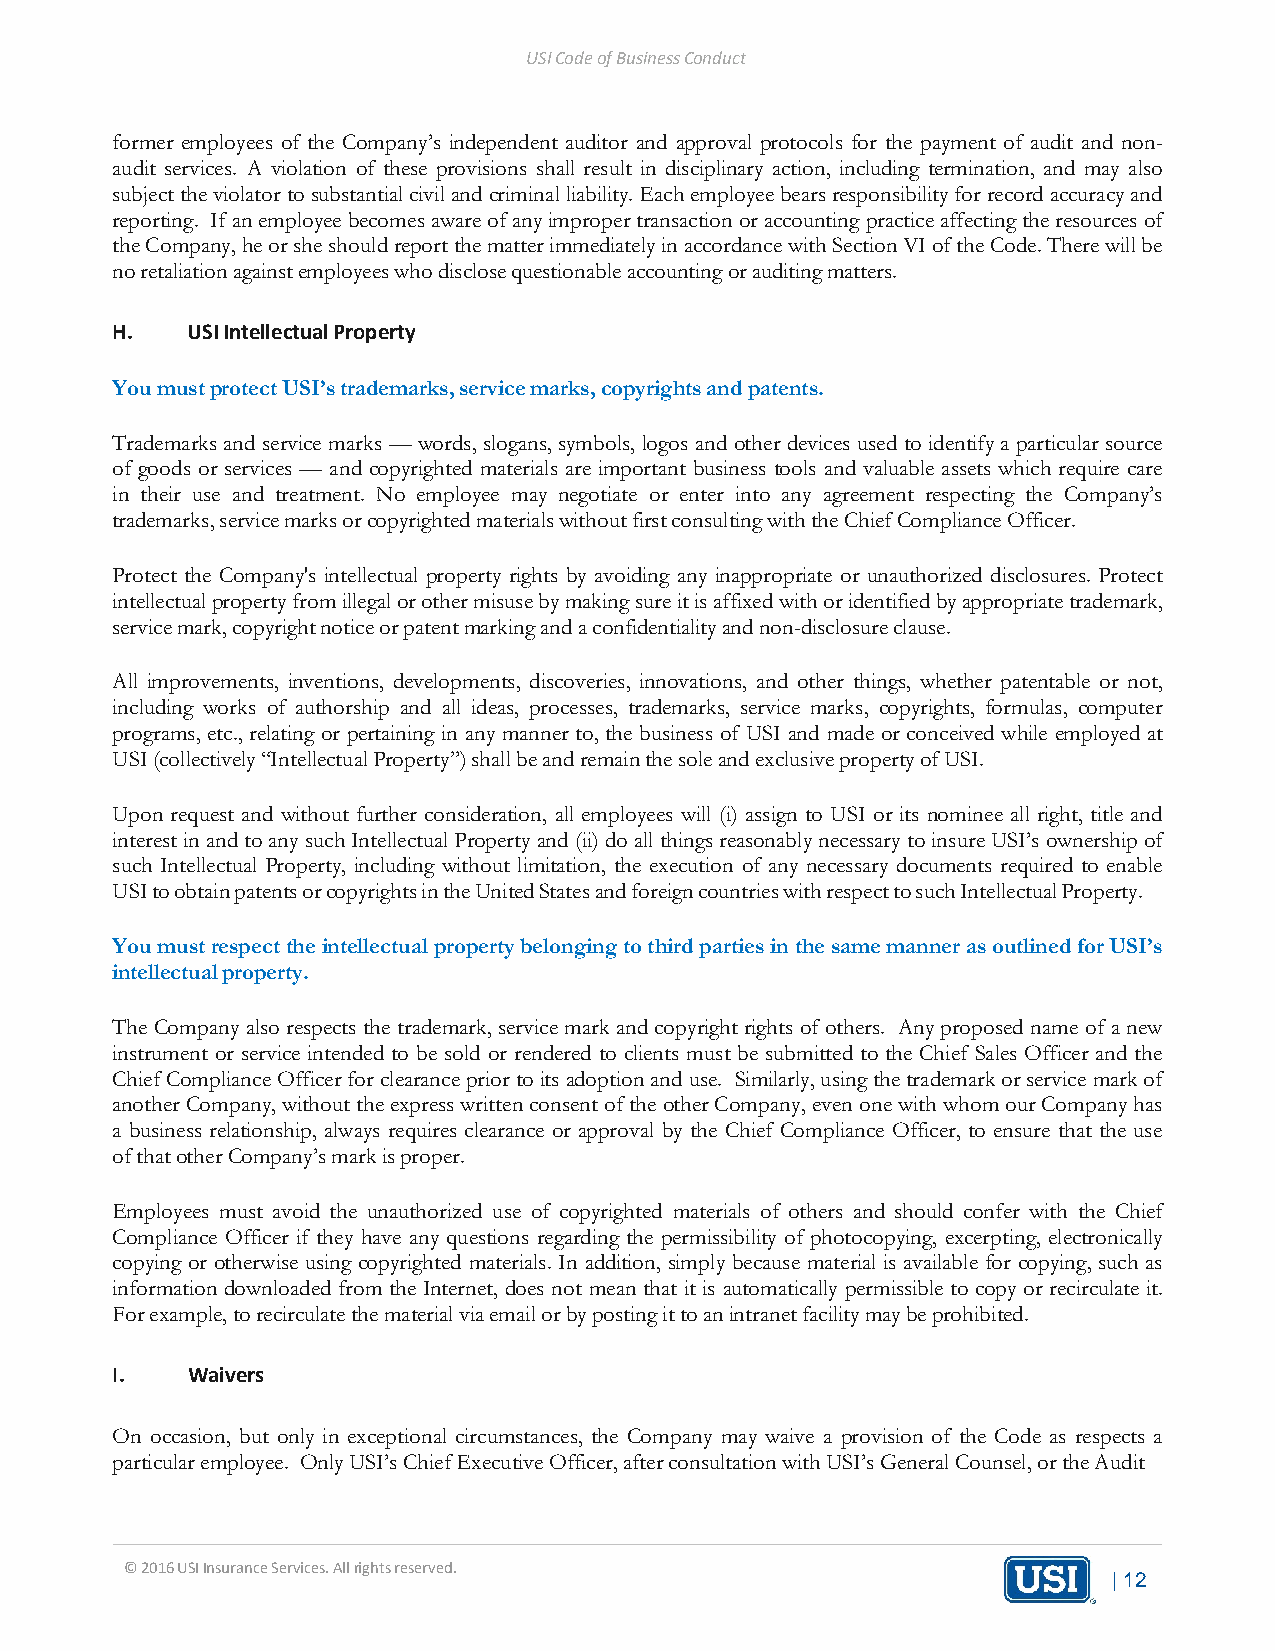
USI Code of Business Conduct
 former employees of the Company’s independent auditor and approval protocols for the payment of audit and non-
 audit services. A violation of these provisions shall result in disciplinary action, including termination, and may also
 subject the violator to substantial civil and criminal liability. Each employee bears responsibility for record accuracy and
 reporting. If an employee becomes aware of any improper transaction or accounting practice affecting the resources of
 the Company, he or she should report the matter immediately in accordance with Section VI of the Code. There will be
 no retaliation against employees who disclose questionable accounting or auditing matters.
 H.   USI Intellectual Property
 You must protect USI’s trademarks, service marks, copyrights and patents.
 Trademarks and service marks — words, slogans, symbols, logos and other devices used to identify a particular source
 of goods or services — and copyrighted materials are important business tools and valuable assets which require care
 in their use and treatment. No employee may negotiate or enter into any agreement respecting the Company’s
 trademarks, service marks or copyrighted materials without first consulting with the Chief Compliance Officer.
 Protect the Company's intellectual property rights by avoiding any inappropriate or unauthorized disclosures. Protect
 intellectual property from illegal or other misuse by making sure it is affixed with or identified by appropriate trademark,
 service mark, copyright notice or patent marking and a confidentiality and non-disclosure clause.
 All improvements, inventions, developments, discoveries, innovations, and other things, whether patentable or not,
 including works of authorship and all ideas, processes, trademarks, service marks, copyrights, formulas, computer
 programs, etc., relating or pertaining in any manner to, the business of USI and made or conceived while employed at
 USI (collectively “Intellectual Property”) shall be and remain the sole and exclusive property of USI.
 Upon request and without further consideration, all employees will (i) assign to USI or its nominee all right, title and
 interest in and to any such Intellectual Property and (ii) do all things reasonably necessary to insure USI’s ownership of
 such Intellectual Property, including without limitation, the execution of any necessary documents required to enable
 USI to obtain patents or copyrights in the United States and foreign countries with respect to such Intellectual Property.
 You must respect the intellectual property belonging to third parties in the same manner as outlined for USI’s
 intellectual property.
 The Company also respects the trademark, service mark and copyright rights of others. Any proposed name of a new
 instrument or service intended to be sold or rendered to clients must be submitted to the Chief Sales Officer and the
 Chief Compliance Officer for clearance prior to its adoption and use. Similarly, using the trademark or service mark of
 another Company, without the express written consent of the other Company, even one with whom our Company has
 a business relationship, always requires clearance or approval by the Chief Compliance Officer, to ensure that the use
 of that other Company’s mark is proper.
 Employees must avoid the unauthorized use of copyrighted materials of others and should confer with the Chief
 Compliance Officer if they have any questions regarding the permissibility of photocopying, excerpting, electronically
 copying or otherwise using copyrighted materials. In addition, simply because material is available for copying, such as
 information downloaded from the Internet, does not mean that it is automatically permissible to copy or recirculate it.
 For example, to recirculate the material via email or by posting it to an intranet facility may be prohibited.
 I.   Waivers
 On occasion, but only in exceptional circumstances, the Company may waive a provision of the Code as respects a
 particular employee. Only USI’s Chief Executive Officer, after consultation with USI’s General Counsel, or the Audit
 © 2016 USI Insurance Services. All rights reserved.
 | 12